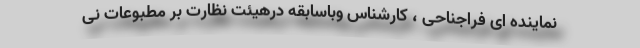
نماینده ای فراجناحی ، کارشناس وباسابقه درهیئت نظارت بر مطبوعات نی